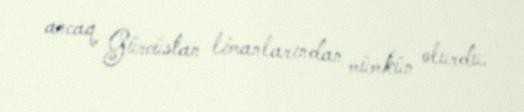
ancaq Gürcüstan limanlarından mümkün olurdu.